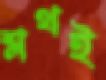
শ্লথই